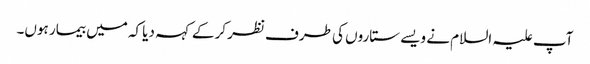
آپ علیہ السلام نے ویسے ستاروں کی طرف نظر کرکے کہہ دیا کہ میں بیمار ہوں۔